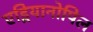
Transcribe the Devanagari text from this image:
एड्रियानोपिल